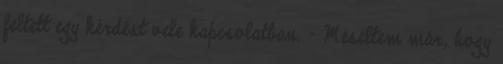
feltett egy kérdést vele kapcsolatban. - Meséltem már, hogy